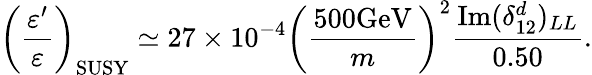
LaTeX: \left(\frac{\varepsilon^{\prime}}{\varepsilon}\right)_{\mathrm{SUSY}}\simeq 27\times 10^{-4}\left(\frac{500\mathrm{GeV}}{m}\right)^{2}\frac{\mathrm{Im}(\delta_{12}^{d})_{LL}}{0.50}.